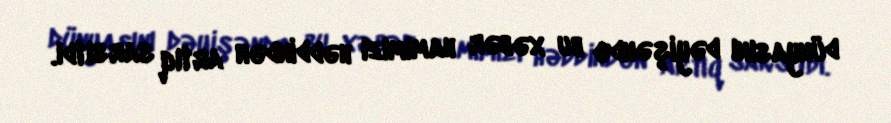
dünyasını dəyişəndə bu xəbər hamımızı həddindən artıq sarsıtdı.